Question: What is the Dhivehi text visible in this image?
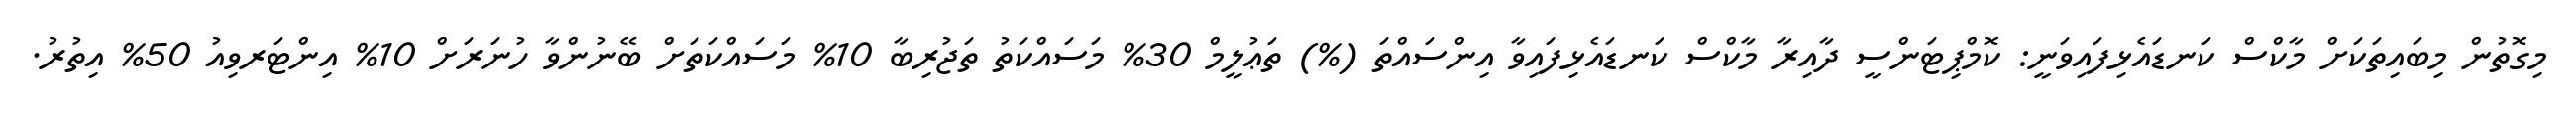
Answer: މިގޮތުން މިބައިތަކަށް މާކްސް ކަނޑައެޅިފައިވަނީ: ކޮމްޕިޓަންސީ ދާއިރާ މާކްސް ކަނޑައެޅިފައިވާ އިންސައްތަ (%) ތަޢުލީމް 30% މަސައްކަތު ތަޖުރިބާ 10% މަސައްކަތަށް ބޭނުންވާ ހުނަރަށް 10% އިންޓަރވިއު 50% އިތުރު.